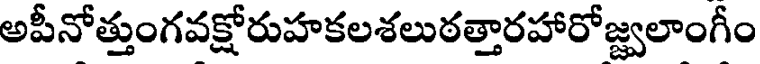
అపీనోత్తుంగవక్షోరుహకలశలుఠత్తారహారోజ్జ్వలాంగీం